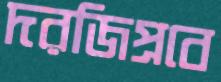
দরজিপ্রবে